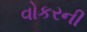
વોકરની